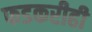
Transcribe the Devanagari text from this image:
फडकरीही